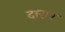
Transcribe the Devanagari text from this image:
दारार